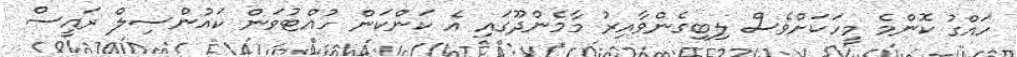
ހައްގު ކޮންމެ މީހަކަށްވެސް ލިބިގެންވާއިރު މާމެންދޫގައި އެ ކަންކަން ހުއްޓުވަން ކައުންސިލް ރައީސް